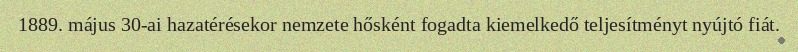
1889. május 30-ai hazatérésekor nemzete hősként fogadta kiemelkedő teljesítményt nyújtó fiát.